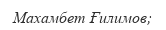
Махамбет Ғилимов;